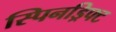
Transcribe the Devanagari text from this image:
स्पिनड्रिफ्ट